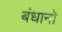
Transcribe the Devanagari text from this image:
बंधानो